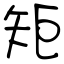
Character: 矩